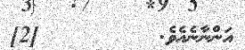
އަންނާނެއެވެ.         [2]